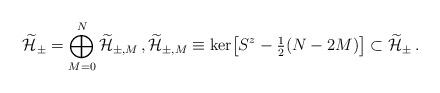
LaTeX: \begin{align*}\widetilde{\mathcal{H}}_\pm = \bigoplus_{M=0}^N \widetilde{\mathcal{H}}_{\pm,M} \, , \widetilde{\mathcal{H}}_{\pm,M} \equiv \ker\bigl[S^z - \tfrac12(N-2M) \bigr] \subset \widetilde{\mathcal{H}}_\pm \, .\end{align*}